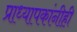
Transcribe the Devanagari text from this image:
प्राध्यापकांनीही